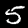
Label: 5